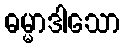
ဓမ္မာဒါသော